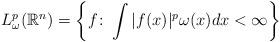
LaTeX: \begin{align*}L_{\omega}^{p}(\mathbb {R}^{n})=\left\{f\colon\int\vert f(x)\vert^{p}\omega(x)dx<\infty\right\}\end{align*}